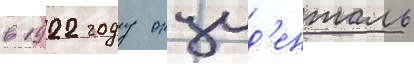
в 1922 году окцид'енталь